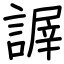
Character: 謘